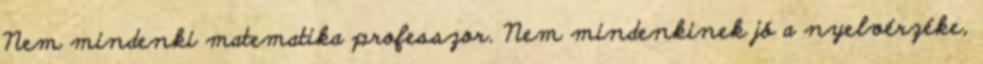
Nem mindenki matematika professzor. Nem mindenkinek jó a nyelvérzéke,